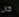
كان